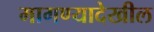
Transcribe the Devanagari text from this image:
मागण्यादेखील